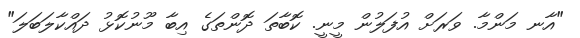
"އާނ މަންމާ. ވަރަށް އުފަލުން މީނީ. ކޮބާތަ ދޮންތަގެ އިބާ މޫނުކޮޅު ދައްކާލަބަލަ"